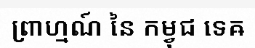
ព្រាហ្មណ៍ នៃ កម្វុជ ទេឝ